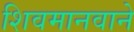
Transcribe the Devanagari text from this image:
शिवमानवाने